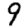
Digit: 9